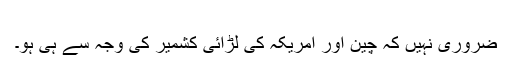
​
ضروری نہیں کہ چین اور امریکہ کی لڑائی کشمیر کی وجہ سے ہی ہو۔